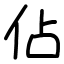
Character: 佔